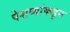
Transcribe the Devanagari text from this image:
पेशव्यांकडुन